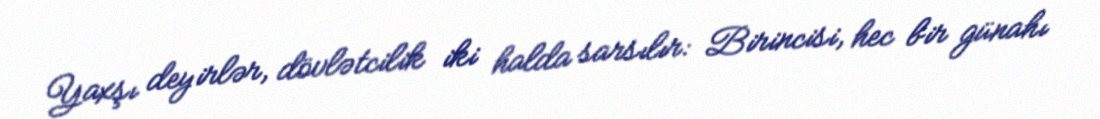
Yaxşı deyirlər, dövlətcilik iki halda sarsılır: Birincisi, hec bir günahı